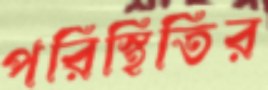
পরিস্থিতির